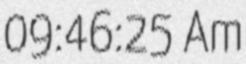
09:46:25 Am